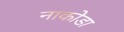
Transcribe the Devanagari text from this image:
नाकोडा